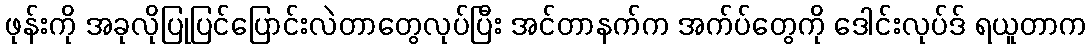
ဖုန်းကို အခုလိုပြုပြင်ပြောင်းလဲတာတွေလုပ်ပြီး အင်တာနက်က အက်ပ်တွေကို ဒေါင်းလုပ်ဒ် ရယူတာက